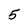
Character: 5